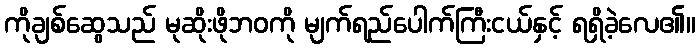
ကိုချစ်ဆွေသည် မုဆိုးဖိုဘဝကို မျက်ရည်ပေါက်ကြီးငယ်နှင့် ရရှိခဲ့လေ၏။